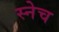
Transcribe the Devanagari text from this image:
स्नेच